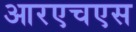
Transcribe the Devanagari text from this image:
आरएचएस